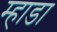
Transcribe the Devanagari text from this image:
म्हाडा